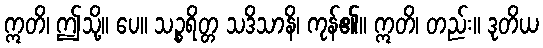
ဣတိ၊ ဤသို့။ ပေ။ သဉ္စရိတ္တ သဒိသာနိ၊ ကုန်၏။ ဣတိ၊ တည်း။ ဒုတိယ